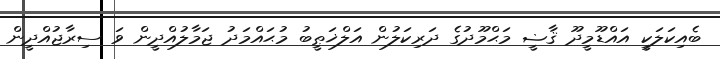
ބެއިކަލަކީ އައްޑޫމީދޫ ޤާޟީ މަޙްމޫދުގެ ދަރިކަލުން އަލްޚަޠީބު މުޙައްމަދު ޖަމާލުއްދީން ވަ ސިރާޖުއްދީން